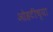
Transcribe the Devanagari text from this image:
ओहटीच्या